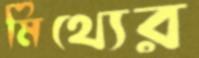
মিথ্যের